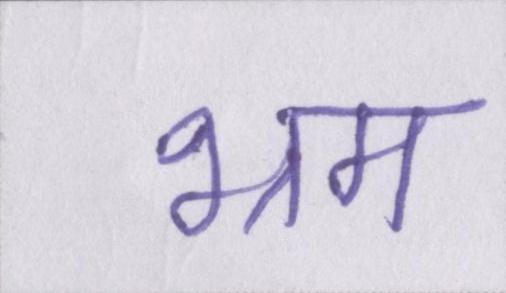
भ्रम